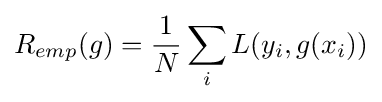
R_{emp}(g)={\frac {1}{N}}\sum _{i}L(y_{i},g(x_{i}))